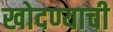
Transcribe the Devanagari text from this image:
खोदण्याची